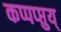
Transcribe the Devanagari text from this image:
कप्पप्प्तुय्